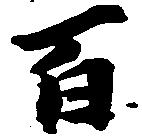
百